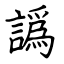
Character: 譌